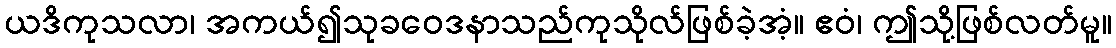
ယဒိကုသလာ၊ အကယ်၍သုခဝေဒနာသည်ကုသိုလ်ဖြစ်ခဲ့အံ့။ ဧဝံ၊ ဤသို့ဖြစ်လတ်မူ။